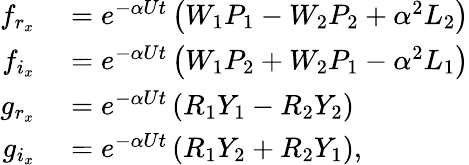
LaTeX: \begin{array}{rl}{f_{r_{x}}}&{{}=e^{-\alpha Ut}\left(W_{1}P_{1}-W_{2}P_{2}+\alpha^{2}L_{2}\right)}\\ {f_{i_{x}}}&{{}=e^{-\alpha Ut}\left(W_{1}P_{2}+W_{2}P_{1}-\alpha^{2}L_{1}\right)}\\ {g_{r_{x}}}&{{}=e^{-\alpha Ut}\left(R_{1}Y_{1}-R_{2}Y_{2}\right)}\\ {g_{i_{x}}}&{{}=e^{-\alpha Ut}\left(R_{1}Y_{2}+R_{2}Y_{1}\right),}\end{array}